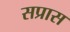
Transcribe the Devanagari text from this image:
सप्रास